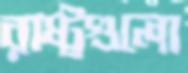
রাষ্ট্রগুলো